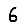
Digit: 6